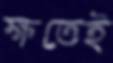
ক্ষতেই